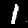
Label: 1